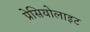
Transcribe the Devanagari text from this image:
प्रेसियोलाइट